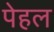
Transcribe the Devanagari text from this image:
पेहल